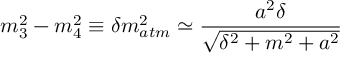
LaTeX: m _ { 3 } ^ { 2 } - m _ { 4 } ^ { 2 } \equiv \delta m _ { a t m } ^ { 2 } \simeq \frac { a ^ { 2 } \delta } { \sqrt { \delta ^ { 2 } + m ^ { 2 } + a ^ { 2 } } }